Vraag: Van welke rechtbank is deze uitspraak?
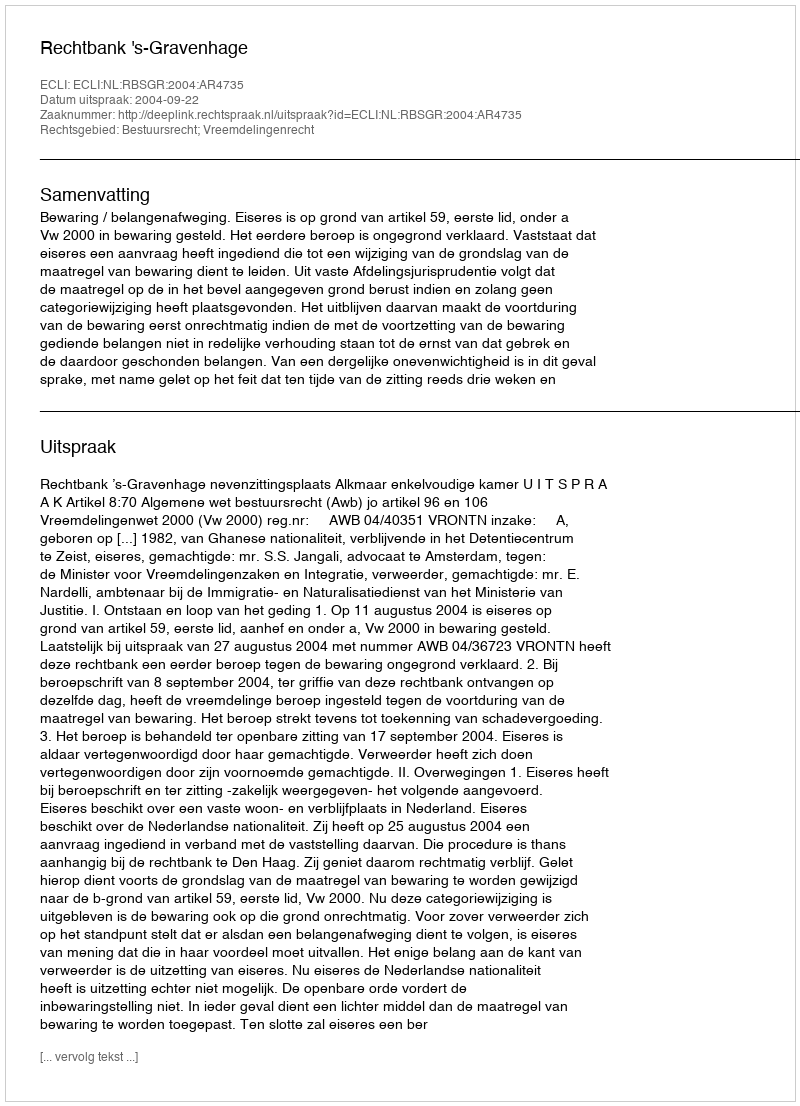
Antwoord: Rechtbank 's-Gravenhage